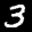
Label: 3